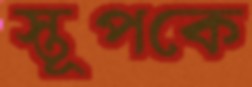
স্তূপকে